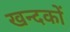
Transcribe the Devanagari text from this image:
खन्दकों